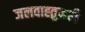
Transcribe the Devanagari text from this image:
जलवाह्तुकही